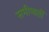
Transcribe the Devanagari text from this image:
समीप्वर्ती